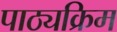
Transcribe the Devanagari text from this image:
पाठ्यक्रिम